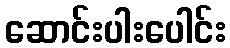
ဆောင်းပါးပေါင်း